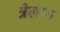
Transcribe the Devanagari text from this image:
त्रेलंगा